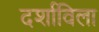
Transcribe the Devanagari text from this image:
दर्शाविला